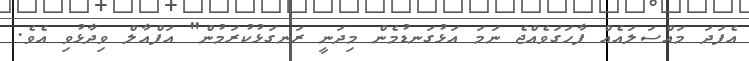
އެފަދަ މައްސަލައެއް ފާހަގަވެއްޖެ ނަމަ އަޅުގަނޑުމެން މިދަނީ ރަނގަޅުކުރަމުން" އަފްއާލް ވިދާޅުވި އެވެ.